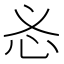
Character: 𱝿